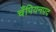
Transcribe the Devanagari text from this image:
चँपियनपद